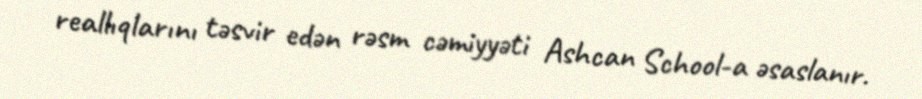
reallıqlarını təsvir edən rəsm cəmiyyəti Ashcan School-a əsaslanır.